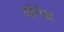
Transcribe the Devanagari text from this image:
वोरेल्ल